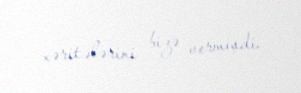
xəritələrini bizə vermişdi.